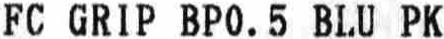
FC GRIP BP0.5 BLU PK